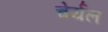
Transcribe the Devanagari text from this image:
चेर्यल